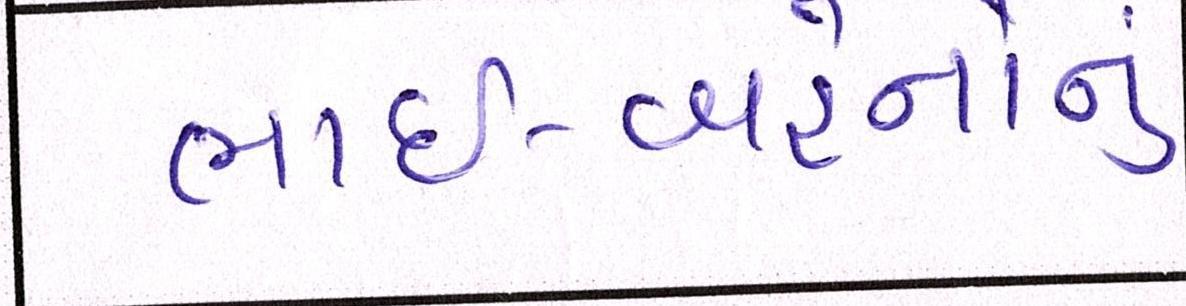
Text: ભાઈ-બહેનોનું